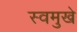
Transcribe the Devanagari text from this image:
स्वमुखे